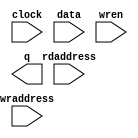
// megafunction wizard: %RAM: 2-PORT%VBB%
// GENERATION: STANDARD
// VERSION: WM1.0
// MODULE: altsyncram 

// ============================================================
// Megafunction Name(s):
// 			altsyncram
//
// Simulation Library Files(s):
// 			altera_mf
// ============================================================
// ************************************************************
// THIS IS A WIZARD-GENERATED FILE. DO NOT EDIT THIS FILE!
//
// 13.1.0 Build 162 10/23/2013 SJ Web Edition
// ************************************************************

//Copyright (C) 1991-2013 Altera Corporation
//Your use of Altera Corporation's design tools, logic functions 
//and other software and tools, and its AMPP partner logic 
//functions, and any output files from any of the foregoing 
//(including device programming or simulation files), and any 
//associated documentation or information are expressly subject 
//to the terms and conditions of the Altera Program License 
//Subscription Agreement, Altera MegaCore Function License 
//Agreement, or other applicable license agreement, including, 
//without limitation, that your use is for the sole purpose of 
//programming logic devices manufactured by Altera and sold by 
//Altera or its authorized distributors.  Please refer to the 
//applicable agreement for further details.

module mdataram (
	clock,
	data,
	rdaddress,
	wraddress,
	wren,
	q);

	input	  clock;
	input	[31:0]  data;
	input	[3:0]  rdaddress;
	input	[3:0]  wraddress;
	input	  wren;
	output	[31:0]  q;
`ifndef ALTERA_RESERVED_QIS
// synopsys translate_off
`endif
	tri1	  clock;
	tri0	  wren;
`ifndef ALTERA_RESERVED_QIS
// synopsys translate_on
`endif

endmodule

// ============================================================
// CNX file retrieval info
// ============================================================
// Retrieval info: PRIVATE: ADDRESSSTALL_A NUMERIC "0"
// Retrieval info: PRIVATE: ADDRESSSTALL_B NUMERIC "0"
// Retrieval info: PRIVATE: BYTEENA_ACLR_A NUMERIC "0"
// Retrieval info: PRIVATE: BYTEENA_ACLR_B NUMERIC "0"
// Retrieval info: PRIVATE: BYTE_ENABLE_A NUMERIC "0"
// Retrieval info: PRIVATE: BYTE_ENABLE_B NUMERIC "0"
// Retrieval info: PRIVATE: BYTE_SIZE NUMERIC "8"
// Retrieval info: PRIVATE: BlankMemory NUMERIC "1"
// Retrieval info: PRIVATE: CLOCK_ENABLE_INPUT_A NUMERIC "0"
// Retrieval info: PRIVATE: CLOCK_ENABLE_INPUT_B NUMERIC "0"
// Retrieval info: PRIVATE: CLOCK_ENABLE_OUTPUT_A NUMERIC "0"
// Retrieval info: PRIVATE: CLOCK_ENABLE_OUTPUT_B NUMERIC "0"
// Retrieval info: PRIVATE: CLRdata NUMERIC "0"
// Retrieval info: PRIVATE: CLRq NUMERIC "0"
// Retrieval info: PRIVATE: CLRrdaddress NUMERIC "0"
// Retrieval info: PRIVATE: CLRrren NUMERIC "0"
// Retrieval info: PRIVATE: CLRwraddress NUMERIC "0"
// Retrieval info: PRIVATE: CLRwren NUMERIC "0"
// Retrieval info: PRIVATE: Clock NUMERIC "0"
// Retrieval info: PRIVATE: Clock_A NUMERIC "0"
// Retrieval info: PRIVATE: Clock_B NUMERIC "0"
// Retrieval info: PRIVATE: IMPLEMENT_IN_LES NUMERIC "0"
// Retrieval info: PRIVATE: INDATA_ACLR_B NUMERIC "0"
// Retrieval info: PRIVATE: INDATA_REG_B NUMERIC "0"
// Retrieval info: PRIVATE: INIT_FILE_LAYOUT STRING "PORT_B"
// Retrieval info: PRIVATE: INIT_TO_SIM_X NUMERIC "0"
// Retrieval info: PRIVATE: INTENDED_DEVICE_FAMILY STRING "Cyclone V"
// Retrieval info: PRIVATE: JTAG_ENABLED NUMERIC "0"
// Retrieval info: PRIVATE: JTAG_ID STRING "NONE"
// Retrieval info: PRIVATE: MAXIMUM_DEPTH NUMERIC "0"
// Retrieval info: PRIVATE: MEMSIZE NUMERIC "512"
// Retrieval info: PRIVATE: MEM_IN_BITS NUMERIC "0"
// Retrieval info: PRIVATE: MIFfilename STRING ""
// Retrieval info: PRIVATE: OPERATION_MODE NUMERIC "2"
// Retrieval info: PRIVATE: OUTDATA_ACLR_B NUMERIC "0"
// Retrieval info: PRIVATE: OUTDATA_REG_B NUMERIC "0"
// Retrieval info: PRIVATE: RAM_BLOCK_TYPE NUMERIC "2"
// Retrieval info: PRIVATE: READ_DURING_WRITE_MODE_MIXED_PORTS NUMERIC "2"
// Retrieval info: PRIVATE: READ_DURING_WRITE_MODE_PORT_A NUMERIC "3"
// Retrieval info: PRIVATE: READ_DURING_WRITE_MODE_PORT_B NUMERIC "3"
// Retrieval info: PRIVATE: REGdata NUMERIC "1"
// Retrieval info: PRIVATE: REGq NUMERIC "1"
// Retrieval info: PRIVATE: REGrdaddress NUMERIC "1"
// Retrieval info: PRIVATE: REGrren NUMERIC "1"
// Retrieval info: PRIVATE: REGwraddress NUMERIC "1"
// Retrieval info: PRIVATE: REGwren NUMERIC "1"
// Retrieval info: PRIVATE: SYNTH_WRAPPER_GEN_POSTFIX STRING "0"
// Retrieval info: PRIVATE: USE_DIFF_CLKEN NUMERIC "0"
// Retrieval info: PRIVATE: UseDPRAM NUMERIC "1"
// Retrieval info: PRIVATE: VarWidth NUMERIC "0"
// Retrieval info: PRIVATE: WIDTH_READ_A NUMERIC "32"
// Retrieval info: PRIVATE: WIDTH_READ_B NUMERIC "32"
// Retrieval info: PRIVATE: WIDTH_WRITE_A NUMERIC "32"
// Retrieval info: PRIVATE: WIDTH_WRITE_B NUMERIC "32"
// Retrieval info: PRIVATE: WRADDR_ACLR_B NUMERIC "0"
// Retrieval info: PRIVATE: WRADDR_REG_B NUMERIC "0"
// Retrieval info: PRIVATE: WRCTRL_ACLR_B NUMERIC "0"
// Retrieval info: PRIVATE: enable NUMERIC "0"
// Retrieval info: PRIVATE: rden NUMERIC "0"
// Retrieval info: LIBRARY: altera_mf altera_mf.altera_mf_components.all
// Retrieval info: CONSTANT: ADDRESS_ACLR_B STRING "NONE"
// Retrieval info: CONSTANT: ADDRESS_REG_B STRING "CLOCK0"
// Retrieval info: CONSTANT: CLOCK_ENABLE_INPUT_A STRING "BYPASS"
// Retrieval info: CONSTANT: CLOCK_ENABLE_INPUT_B STRING "BYPASS"
// Retrieval info: CONSTANT: CLOCK_ENABLE_OUTPUT_B STRING "BYPASS"
// Retrieval info: CONSTANT: INTENDED_DEVICE_FAMILY STRING "Cyclone V"
// Retrieval info: CONSTANT: LPM_TYPE STRING "altsyncram"
// Retrieval info: CONSTANT: NUMWORDS_A NUMERIC "16"
// Retrieval info: CONSTANT: NUMWORDS_B NUMERIC "16"
// Retrieval info: CONSTANT: OPERATION_MODE STRING "DUAL_PORT"
// Retrieval info: CONSTANT: OUTDATA_ACLR_B STRING "NONE"
// Retrieval info: CONSTANT: OUTDATA_REG_B STRING "UNREGISTERED"
// Retrieval info: CONSTANT: POWER_UP_UNINITIALIZED STRING "FALSE"
// Retrieval info: CONSTANT: RAM_BLOCK_TYPE STRING "M10K"
// Retrieval info: CONSTANT: READ_DURING_WRITE_MODE_MIXED_PORTS STRING "DONT_CARE"
// Retrieval info: CONSTANT: WIDTHAD_A NUMERIC "4"
// Retrieval info: CONSTANT: WIDTHAD_B NUMERIC "4"
// Retrieval info: CONSTANT: WIDTH_A NUMERIC "32"
// Retrieval info: CONSTANT: WIDTH_B NUMERIC "32"
// Retrieval info: CONSTANT: WIDTH_BYTEENA_A NUMERIC "1"
// Retrieval info: USED_PORT: clock 0 0 0 0 INPUT VCC "clock"
// Retrieval info: USED_PORT: data 0 0 32 0 INPUT NODEFVAL "data[31..0]"
// Retrieval info: USED_PORT: q 0 0 32 0 OUTPUT NODEFVAL "q[31..0]"
// Retrieval info: USED_PORT: rdaddress 0 0 4 0 INPUT NODEFVAL "rdaddress[3..0]"
// Retrieval info: USED_PORT: wraddress 0 0 4 0 INPUT NODEFVAL "wraddress[3..0]"
// Retrieval info: USED_PORT: wren 0 0 0 0 INPUT GND "wren"
// Retrieval info: CONNECT: @address_a 0 0 4 0 wraddress 0 0 4 0
// Retrieval info: CONNECT: @address_b 0 0 4 0 rdaddress 0 0 4 0
// Retrieval info: CONNECT: @clock0 0 0 0 0 clock 0 0 0 0
// Retrieval info: CONNECT: @data_a 0 0 32 0 data 0 0 32 0
// Retrieval info: CONNECT: @wren_a 0 0 0 0 wren 0 0 0 0
// Retrieval info: CONNECT: q 0 0 32 0 @q_b 0 0 32 0
// Retrieval info: GEN_FILE: TYPE_NORMAL mdataram.v TRUE
// Retrieval info: GEN_FILE: TYPE_NORMAL mdataram.inc FALSE
// Retrieval info: GEN_FILE: TYPE_NORMAL mdataram.cmp FALSE
// Retrieval info: GEN_FILE: TYPE_NORMAL mdataram.bsf FALSE
// Retrieval info: GEN_FILE: TYPE_NORMAL mdataram_inst.v FALSE
// Retrieval info: GEN_FILE: TYPE_NORMAL mdataram_bb.v TRUE
// Retrieval info: LIB_FILE: altera_mf